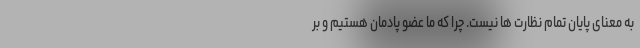
به معنای پایان تمام نظارت ها نیست. چرا که ما عضو پادمان هستیم و بر